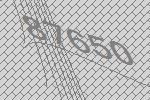
87650